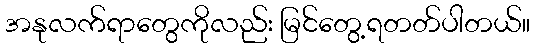
အနုလက်ရာတွေကိုလည်း မြင်တွေ့ရတတ်ပါတယ်။